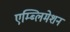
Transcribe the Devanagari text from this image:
एम्ब्लिमेशन